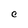
Character: C